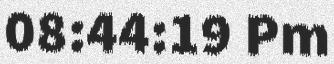
08:44:19 Pm